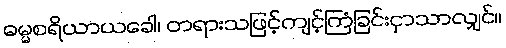
ဓမ္မစရိယာယခေါ၊ တရားသဖြင့်ကျင့်ကြံခြင်းငှာသာလျှင်။